Subject: stat
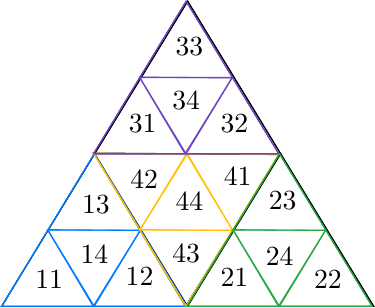
LaTeX code:
  \begin{tikzpicture}[x=0.75pt,y=0.75pt,yscale=-0.75,xscale=0.75]
\draw   (193.5,47) -- (313,243) -- (74,243) -- cycle ;
\draw   (133.75,145) -- (193.5,243) -- (74,243) -- cycle ;
\draw   (253.25,145) -- (313,243) -- (193.5,243) -- cycle ;
\draw   (192.11,243.01) -- (133.14,144.53) -- (252.64,145.49) -- cycle ;
\draw   (193.5,47) -- (253.25,145) -- (133.75,145) -- cycle ;
\draw  [color={rgb, 255:red, 0; green, 123; blue, 255 }  ,draw opacity=1 ] (133.5,145) -- (193,243) -- (74,243) -- cycle ;
\draw  [color={rgb, 255:red, 0; green, 123; blue, 255 }  ,draw opacity=1 ] (103.75,194) -- (133.5,243) -- (74,243) -- cycle ;
\draw  [color={rgb, 255:red, 0; green, 123; blue, 255 }  ,draw opacity=1 ] (163.25,194) -- (193,243) -- (133.5,243) -- cycle ;
\draw  [color={rgb, 255:red, 0; green, 123; blue, 255 }  ,draw opacity=1 ] (132.81,243.01) -- (103.45,193.77) -- (162.94,194.25) -- cycle ;
\draw  [color={rgb, 255:red, 0; green, 123; blue, 255 }  ,draw opacity=1 ] (133.5,145) -- (163.25,194) -- (103.75,194) -- cycle ;

\draw  [color={rgb, 255:red, 255; green, 193; blue, 7 }  ,draw opacity=1 ] (192.35,243.01) -- (133.15,144.83) -- (252.15,145.18) -- cycle ;
\draw  [color={rgb, 255:red, 255; green, 193; blue, 7 }  ,draw opacity=1 ] (222.25,194.1) -- (192.65,145.01) -- (252.15,145.18) -- cycle ;
\draw  [color={rgb, 255:red, 255; green, 193; blue, 7 }  ,draw opacity=1 ] (162.75,193.92) -- (133.15,144.83) -- (192.65,145.01) -- cycle ;
\draw  [color={rgb, 255:red, 255; green, 193; blue, 7 }  ,draw opacity=1 ] (193.34,145) -- (222.55,194.33) -- (163.06,193.68) -- cycle ;
\draw  [color={rgb, 255:red, 255; green, 193; blue, 7 }  ,draw opacity=1 ] (192.35,243.01) -- (162.75,193.92) -- (222.25,194.1) -- cycle ;

\draw  [color={rgb, 255:red, 111; green, 66; blue, 193 }  ,draw opacity=1 ] (192.5,47) -- (252,145) -- (133,145) -- cycle ;
\draw  [color={rgb, 255:red, 111; green, 66; blue, 193 }  ,draw opacity=1 ] (162.75,96) -- (192.5,145) -- (133,145) -- cycle ;
\draw  [color={rgb, 255:red, 111; green, 66; blue, 193 }  ,draw opacity=1 ] (222.25,96) -- (252,145) -- (192.5,145) -- cycle ;
\draw  [color={rgb, 255:red, 111; green, 66; blue, 193 }  ,draw opacity=1 ] (191.81,145.01) -- (162.45,95.77) -- (221.94,96.25) -- cycle ;
\draw  [color={rgb, 255:red, 111; green, 66; blue, 193 }  ,draw opacity=1 ] (192.5,47) -- (222.25,96) -- (162.75,96) -- cycle ;

\draw  [color={rgb, 255:red, 40; green, 167; blue, 69 }  ,draw opacity=1 ] (252.5,145) -- (312,243) -- (193,243) -- cycle ;
\draw  [color={rgb, 255:red, 40; green, 167; blue, 69 }  ,draw opacity=1 ] (222.75,194) -- (252.5,243) -- (193,243) -- cycle ;
\draw  [color={rgb, 255:red, 40; green, 167; blue, 69 }  ,draw opacity=1 ] (282.25,194) -- (312,243) -- (252.5,243) -- cycle ;
\draw  [color={rgb, 255:red, 40; green, 167; blue, 69 }  ,draw opacity=1 ] (251.81,243.01) -- (222.45,193.77) -- (281.94,194.25) -- cycle ;
\draw  [color={rgb, 255:red, 40; green, 167; blue, 69 }  ,draw opacity=1 ] (252.5,145) -- (282.25,194) -- (222.75,194) -- cycle ;

\draw (94,218.4) node [anchor=north west][inner sep=0.75pt]  [font=\normalsize]  {$11$};
\draw (123,202.4) node [anchor=north west][inner sep=0.75pt]  [font=\normalsize]  {$14$};
\draw (124,170.4) node [anchor=north west][inner sep=0.75pt]  [font=\normalsize]  {$13$};
\draw (152,216.4) node [anchor=north west][inner sep=0.75pt]  [font=\normalsize]  {$12$};
\draw (155,154.4) node [anchor=north west][inner sep=0.75pt]  [font=\normalsize]  {$42$};
\draw (184,168.4) node [anchor=north west][inner sep=0.75pt]  [font=\normalsize]  {$44$};
\draw (182,201.4) node [anchor=north west][inner sep=0.75pt]  [font=\normalsize]  {$43$};
\draw (215,152.4) node [anchor=north west][inner sep=0.75pt]  [font=\normalsize]  {$41$};
\draw (213,217.4) node [anchor=north west][inner sep=0.75pt]  [font=\normalsize]  {$21$};
\draw (244,167.4) node [anchor=north west][inner sep=0.75pt]  [font=\normalsize]  {$23$};
\draw (242,203.4) node [anchor=north west][inner sep=0.75pt]  [font=\normalsize]  {$24$};
\draw (273,218.4) node [anchor=north west][inner sep=0.75pt]  [font=\normalsize]  {$22$};
\draw (154,118.4) node [anchor=north west][inner sep=0.75pt]  [font=\normalsize]  {$31$};
\draw (182,103.4) node [anchor=north west][inner sep=0.75pt]  [font=\normalsize]  {$34$};
\draw (213,118.4) node [anchor=north west][inner sep=0.75pt]  [font=\normalsize]  {$32$};
\draw (184,68.4) node [anchor=north west][inner sep=0.75pt]  [font=\normalsize]  {$33$};

\end{tikzpicture}